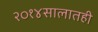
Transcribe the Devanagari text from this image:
२०१४सालातही